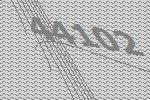
44102